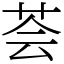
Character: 荟